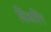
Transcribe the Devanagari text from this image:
विअरिंग